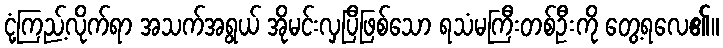
ငုံ့ကြည့်လိုက်ရာ အသက်အရွယ် အိုမင်းလှပြီဖြစ်သော ရသံမကြီးတစ်ဦးကို တွေ့ရလေ၏။